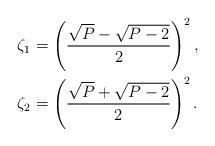
LaTeX: \begin{align*}\zeta_1 &= \left(\frac{\sqrt{P} - \sqrt{P-2}}{2}\right)^2,\\\zeta_2 &= \left(\frac{\sqrt{P} + \sqrt{P-2}}{2}\right)^2.\end{align*}